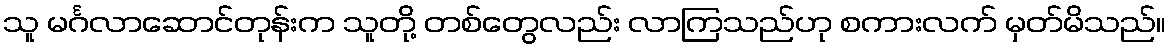
သူ မင်္ဂလာဆောင်တုန်းက သူတို့ တစ်တွေလည်း လာကြသည်ဟု စကားလက် မှတ်မိသည်။